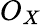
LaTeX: O_{X}